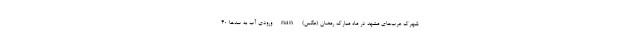
شهرک عرب‌های مشهد در ماه مبارک رمضان (عکس) nan ورودی آب به سدها ۴۰